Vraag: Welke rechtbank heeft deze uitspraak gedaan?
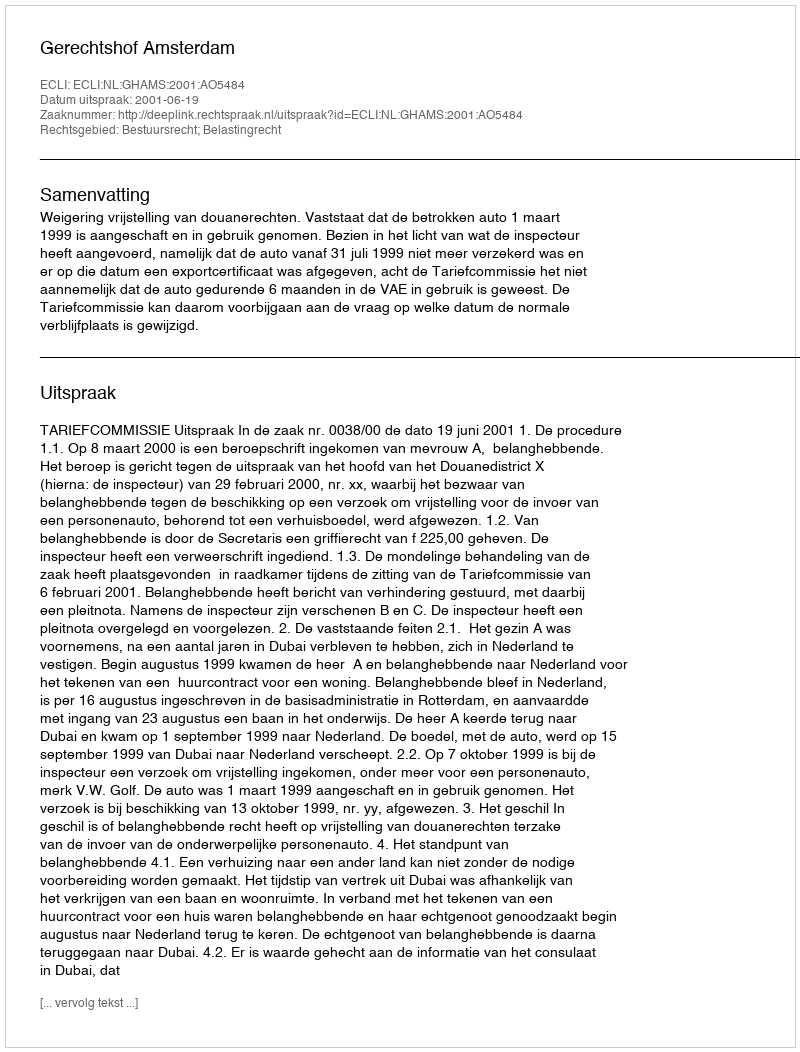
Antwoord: Gerechtshof Amsterdam